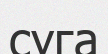
суга